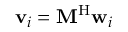
\mathbf { v } _ { i } = \mathbf { M } ^ { \mathrm { H } } \mathbf { w } _ { i }